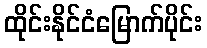
ထိုင်းနိုင်ငံမြောက်ပိုင်း